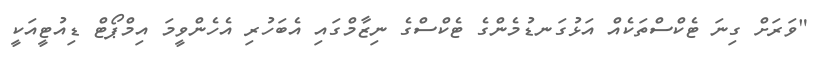
"ވަރަށް ގިނަ ޓެކްސްތަކެއް އަޅުގަނޑުމެންގެ ޓެކްސްގެ ނިޒާމްގައި އެބަހުރި އެހެންވީމަ އިމްޕޯޓް ޑިއުޓީއަކީ